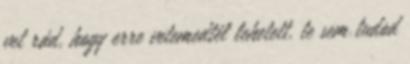
vet rád, hogy erre vetemedtél lehetett. te sem tudod